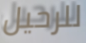
للرحيل